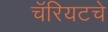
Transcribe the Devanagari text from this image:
चॅरियटचे